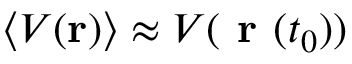
\langle V ( \mathbf { r } ) \rangle \approx V ( \textbf { r } ( t _ { 0 } ) )